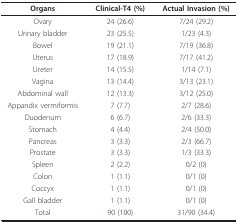
| Organs | Clinical-T4 (%) | Actual Invasion (%) |
 | --- | --- | --- |
 | Ovary | 24 (26.6) | 7/24 (29.2) |
 | Urinary bladder | 23 (25.5) | 1/23 (4.3) |
 | Bowel | 19 (21.1) | 7/19 (36.8) |
 | Uterus | 17 (18.9) | 7/17 (41.2) |
 | Ureter | 14 (15.5) | 1/14 (7.1) |
 | Vagina | 13 (14.4) | 3/13 (23.1) |
 | Abdominal wall | 12 (13.3) | 3/12 (25.0) |
 | Appandix vermiformis | 7 (7.7) | 2/7 (28.6) |
 | Duodenum | 6 (6.7) | 2/6 (33.3) |
 | Stomach | 4 (4.4) | 2/4 (50.0) |
 | Pancreas | 3 (3.3) | 2/3 (66.7) |
 | Prostate | 3 (3.3) | 1/3 (33.3) |
 | Spleen | 2 (2.2) | 0/2 (0) |
 | Colon | 1 (1.1) | 0/1 (0) |
 | Coccyx | 1 (1.1) | 0/1 (0) |
 | Gall bladder | 1 (1.1) | 0/1 (0) |
 | Total | 90 (100) | 31/90 (34.4) |